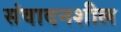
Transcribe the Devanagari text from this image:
संवादनशील